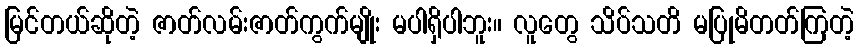
မြင်တယ်ဆိုတဲ့ ဇာတ်လမ်းဇာတ်ကွက်မျိုး မပါရှိပါဘူး။ လူတွေ သိပ်သတိ မပြုမိတတ်ကြတဲ့